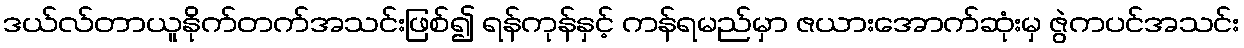
ဒယ်လ်တာယူနိုက်တက်အသင်းဖြစ်၍ ရန်ကုန်နှင့် ကန်ရမည်မှာ ဇယားအောက်ဆုံးမှ ဇွဲကပင်အသင်း